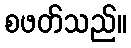
စဖတ်သည်။